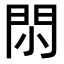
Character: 𨳒